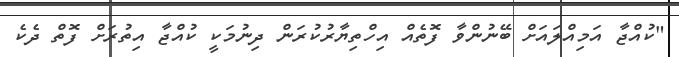
"ކުއްޖާ އަމިއްލައަށް ބޭނުންވާ ފޮތެއް އިހްތިޔާރުކުރަން ދިނުމަކީ ކުއްޖާ އިތުރަށް ފޮތް ދެކެ